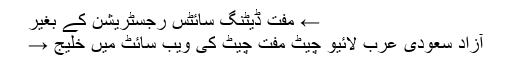
← مفت ڈیٹنگ سائٹس رجسٹریشن کے بغیر
آزاد سعودی عرب لائیو چیٹ مفت چیٹ کی ویب سائٹ میں خلیج →